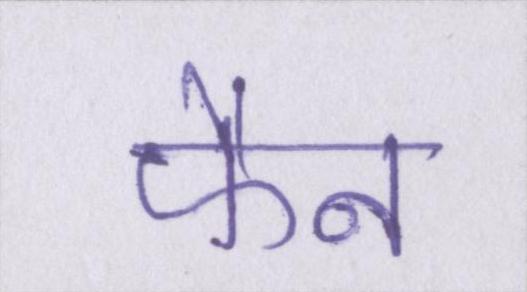
फैन